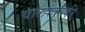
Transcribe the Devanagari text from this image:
चालकांपैकी